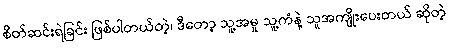
စိတ်ဆင်းရဲခြင်း ဖြစ်ပါတယ်တဲ့၊ ဒီတော့ သူ့အမှု သူ့ကံနဲ့ သူအကျိုးပေးတယ် ဆိုတဲ့